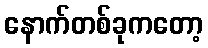
နောက်တစ်ခုကတော့